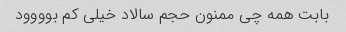
بابت همه چی ممنون حجم سالاد خیلی کم بوووود